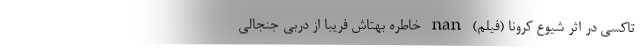
تاکسی در اثر شیوع کرونا (فیلم) nan خاطره بهتاش فریبا از دربی جنجالی